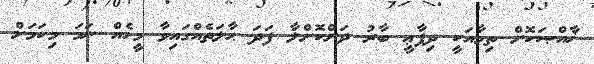
ޚާއްޞަކޮށް ތިމާއަކީ ދިފާޢީ ބާރު ދަށްކޮށްލާ ފަދަ ޙާލަތެއްގައިވާ މީހެއް ނަމަ މިކަމަށް